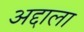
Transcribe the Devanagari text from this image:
अद्दाला